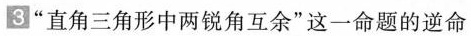
3”直角三角形中两锐角互余”这一命题的逆命